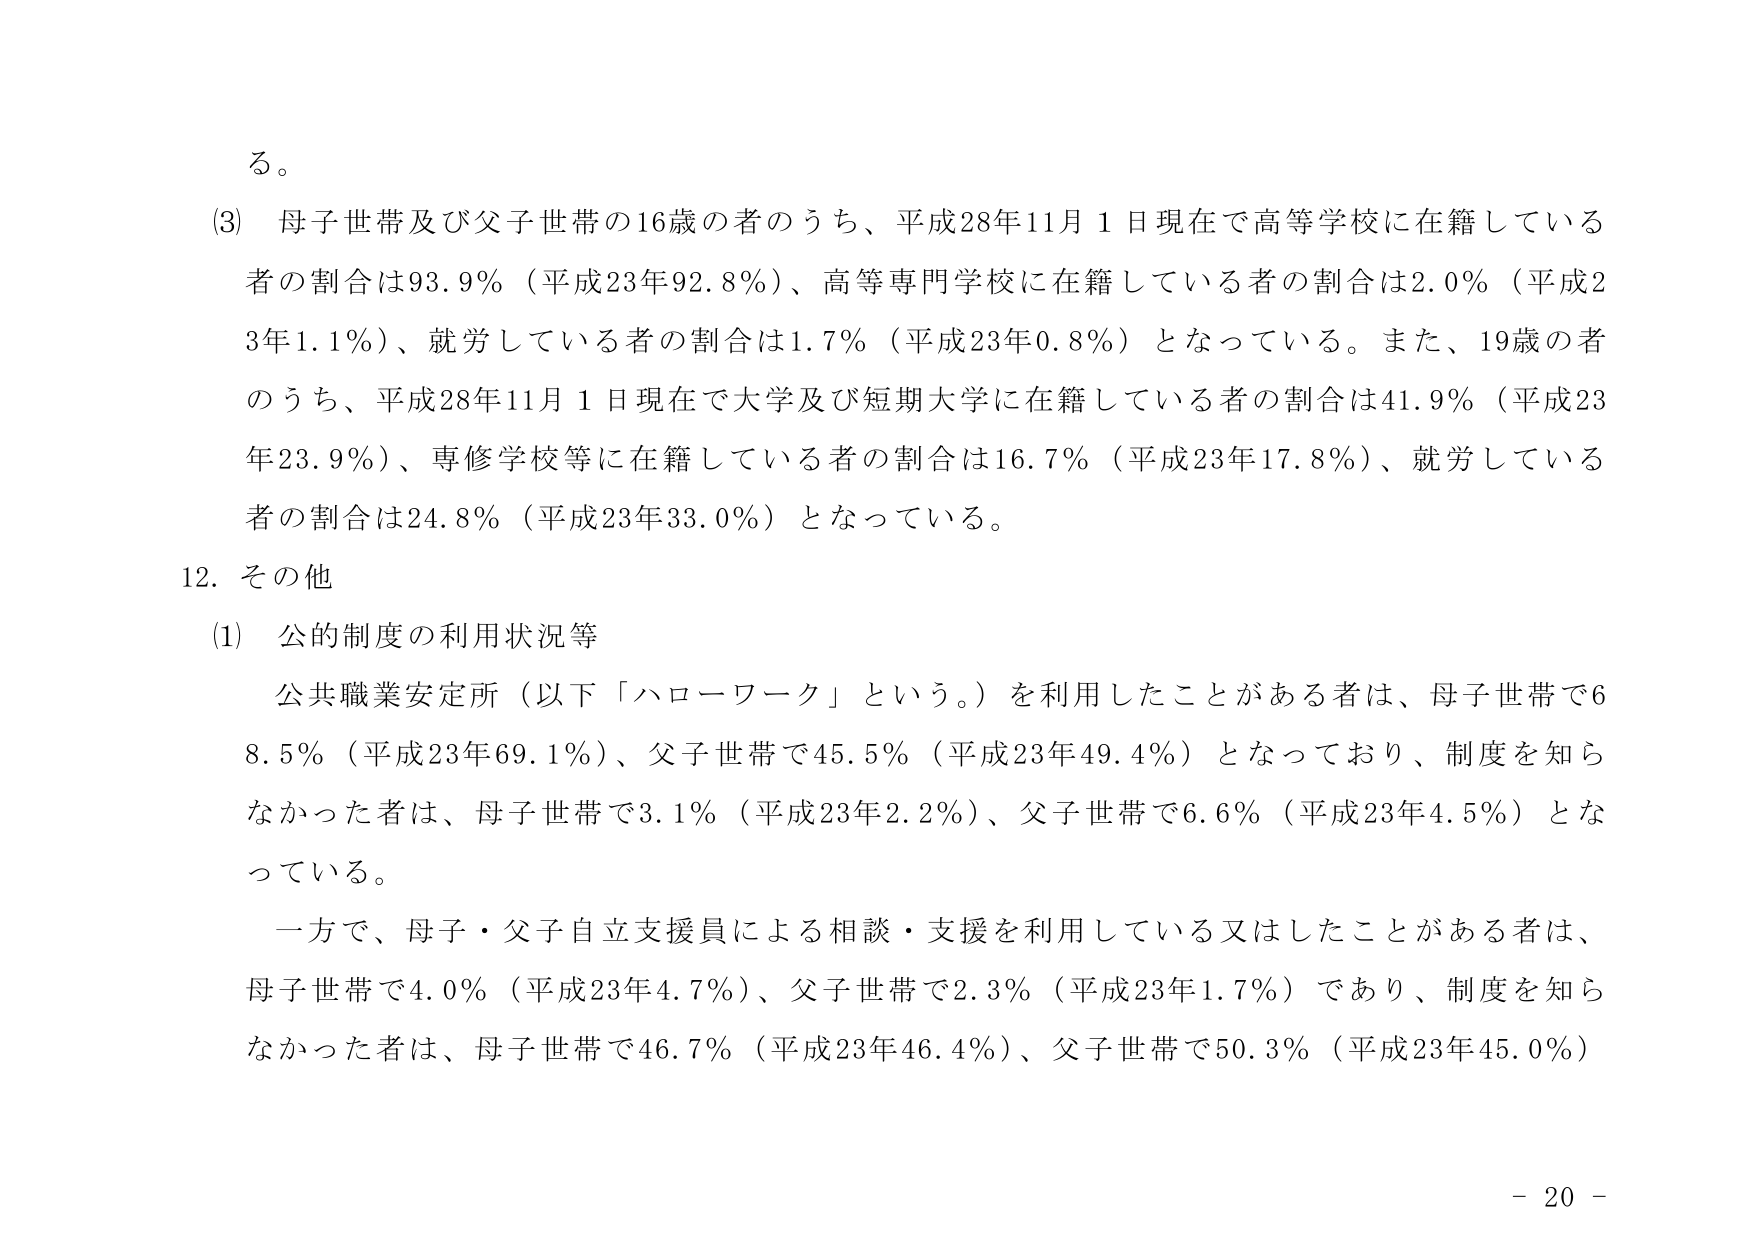
る。

(3) 母子世帯及び父子世帯の16歳の者のうち、平成28年11月1日現在で高等学校に在籍している者の割合は93.9％（平成23年92.8％）、高等専門学校に在籍している者の割合は2.0％（平成23年1.1％）、就労している者の割合は1.7％（平成23年0.8％）となっている。また、19歳の者のうち、平成28年11月1日現在で大学及び短期大学に在籍している者の割合は41.9％（平成23年23.9％）、専修学校等に在籍している者の割合は16.7％（平成23年17.8％）、就労している者の割合は24.8％（平成23年33.0％）となっている。

12. その他

(1) 公的制度の利用状況等

公共職業安定所（以下「ハローワーク」という。）を利用したことがある者は、母子世帯で68.5％（平成23年69.1％）、父子世帯で45.5％（平成23年49.4％）となっており、制度を知らなかった者は、母子世帯で3.1％（平成23年2.2％）、父子世帯で6.6％（平成23年4.5％）となっている。

一方で、母子・父子自立支援員による相談・支援を利用している又はしたことがある者は、母子世帯で4.0％（平成23年4.7％）、父子世帯で2.3％（平成23年1.7％）であり、制度を知らなかった者は、母子世帯で46.7％（平成23年46.4％）、父子世帯で50.3％（平成23年45.0％）

- 20 -